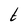
Character: t